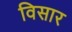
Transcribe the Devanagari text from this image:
विसार